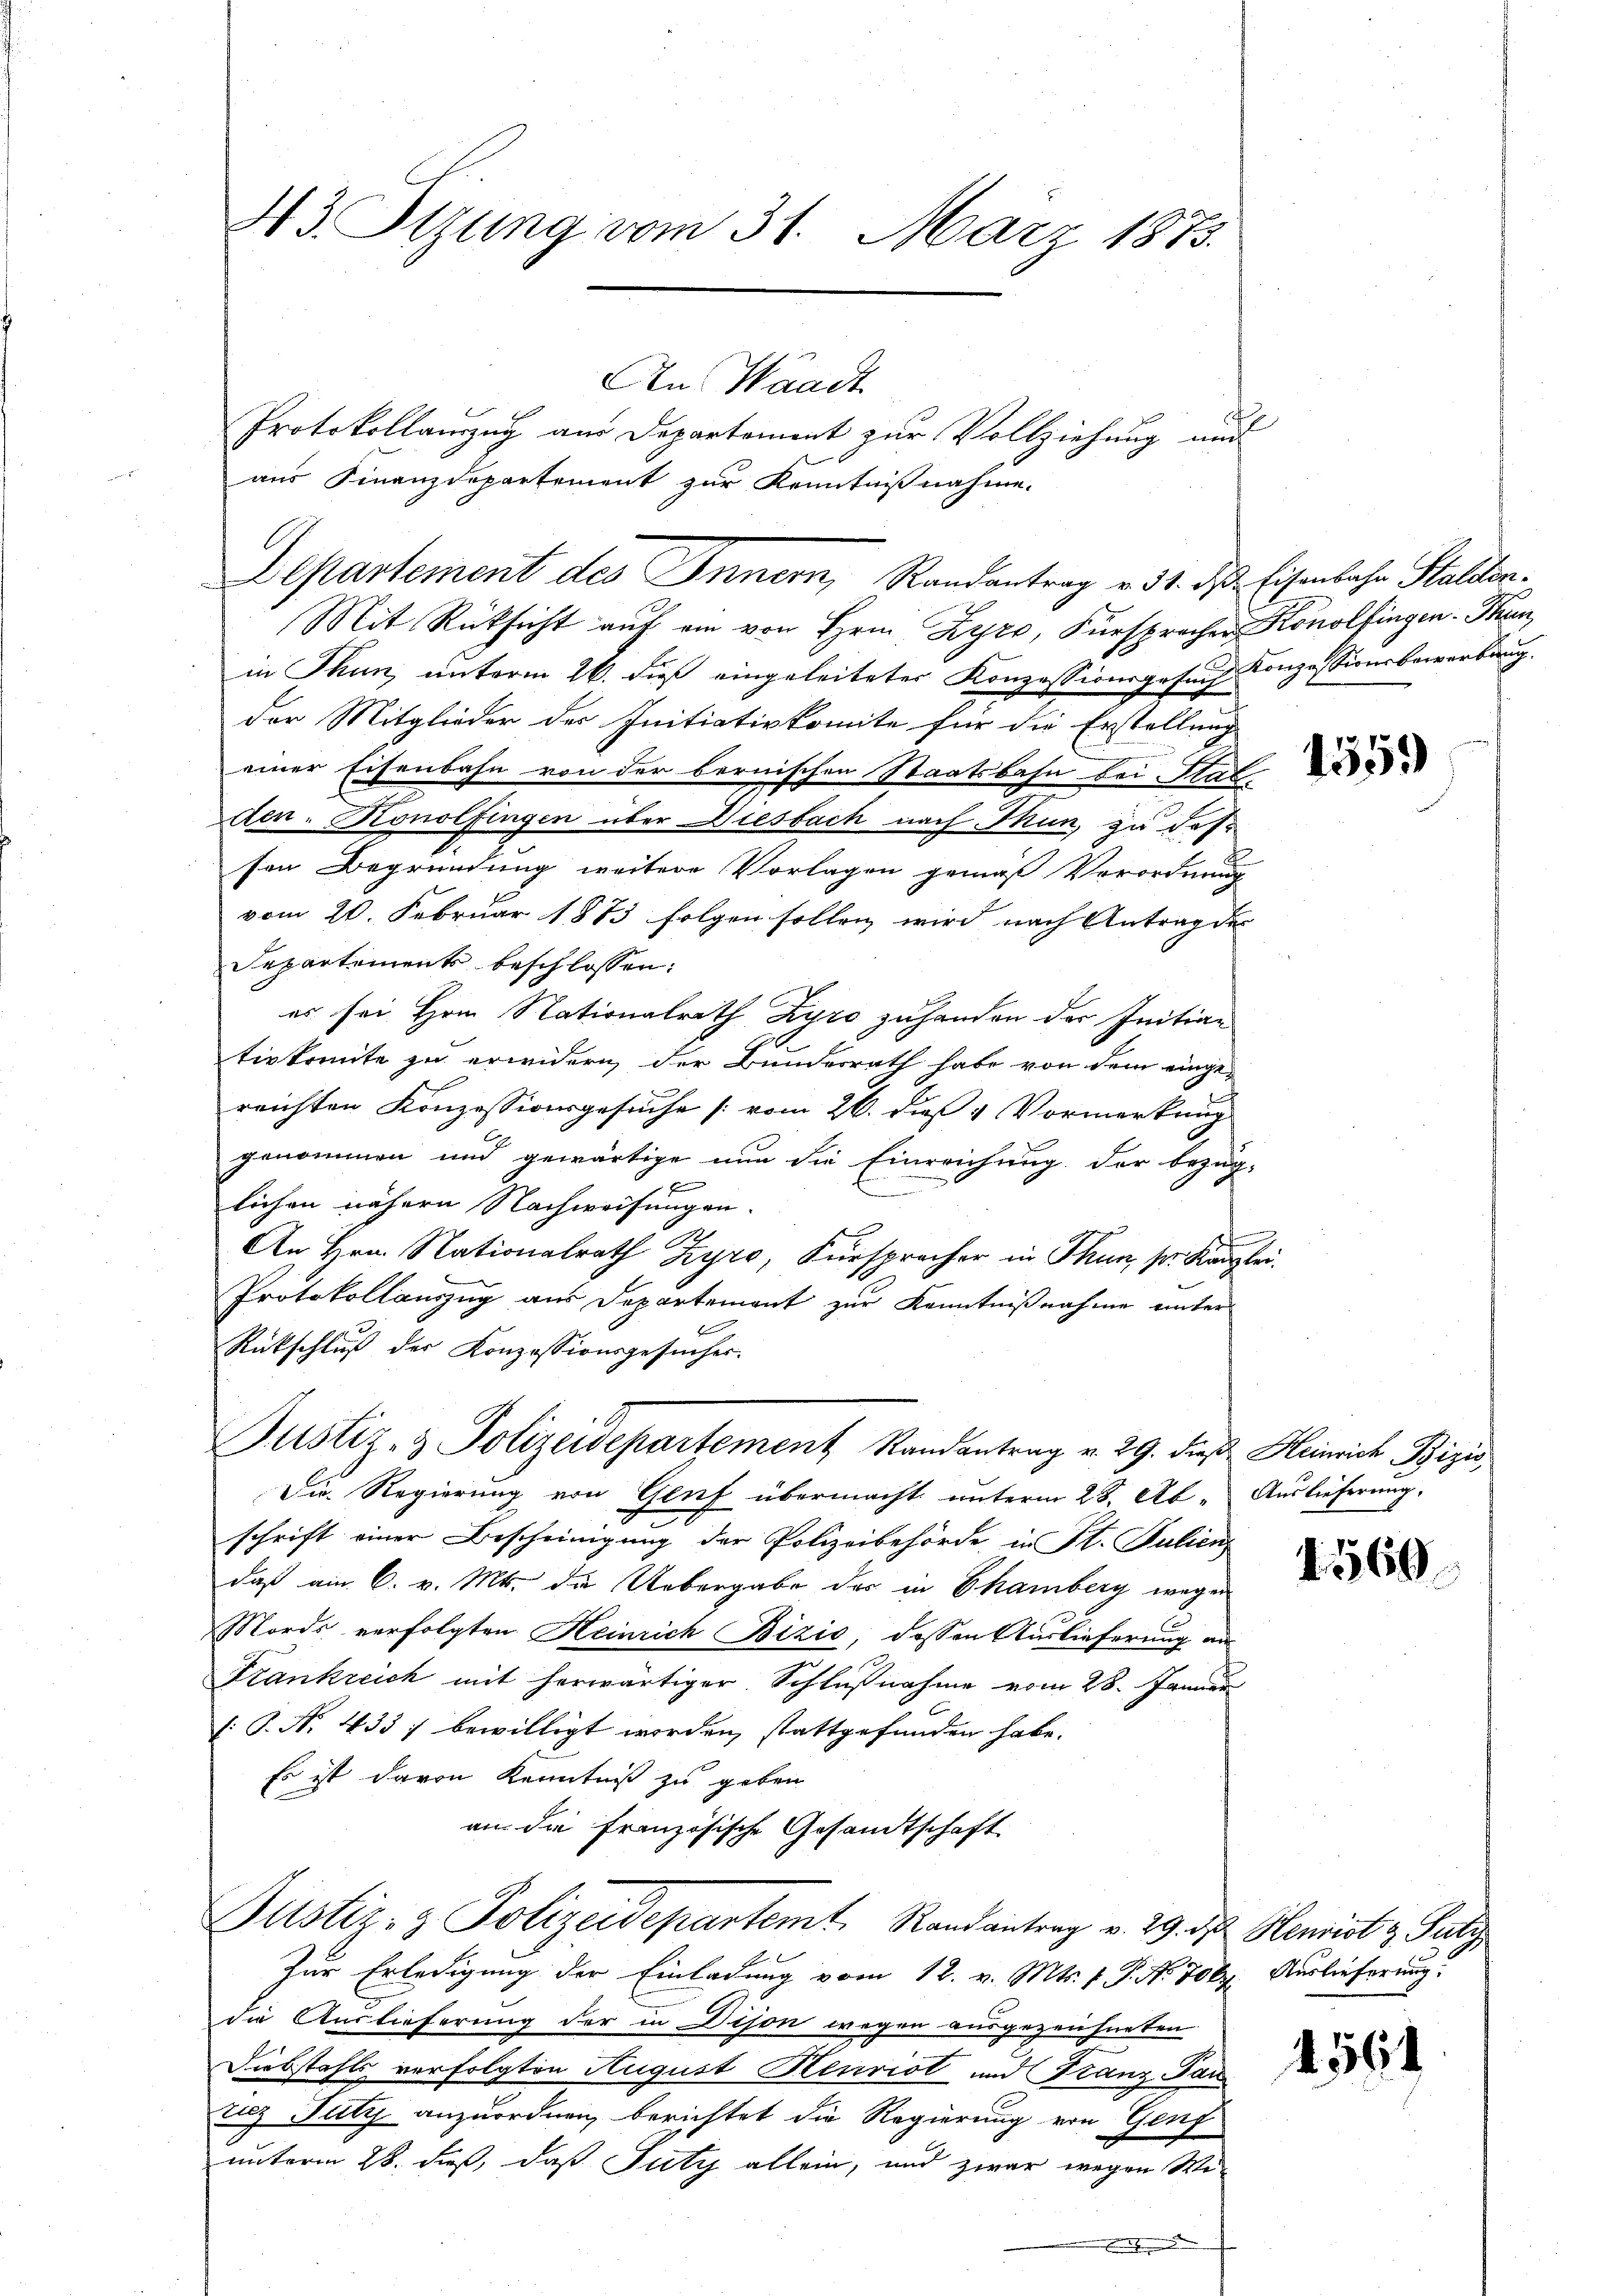
43. Sizung vom 31. März 1873.

Mit Rücksicht auf ein von Hrn. Zyro, Fürspracher Konolfingen Thun,
in Thun, unterm 26. dieß eingeleiteter Konzessionsgesuch Konzessionsbewerbung.
der Mitglieder der Initiativkomite für die Erstellung
einer Eisenbahn von der bernischen Staatsbahn bei Stal
den. Konolfingen über Diesbach nach Thun, zu das-
sen Begründung weitere Vorlagen gemäß Verordnung
vom 20. Februar 1873 folgen sollen wird nach Antrag des
Departements beschlossen:
es sei Hrn. Nationalrath Zyro zuhanden der Initian
tivkomite zu erwidern der Bundesrath habe von dem einge-
reichten Konzessionsgesuche [vom 26. dieß 4 Vormerkung
genommen und gewärtige nun die Einreichung der bezüg-
F
löchen nähern Nachweisungen.
An Hrn. Nationalrath Zyro, Fürspracher in Thun sr. Kanzlei.
Protokollauszug aus Departement zur Kenntnißnahme unter
Rückschluß der Konzessionsgesucher-
Justiz- & Polizeidepartement Randantrag v. 29. dieß Heinrich Bizis
Die Regierung von Genf übermacht unterm 28. Ab- Auslieferung,
schrift einer Bescheinigung der Polizeibehörde in St. Julien
daß am 6. v. Mts. die Uebergabe der in Chamberg wegen
Mords verfolgten Heinrich Bizić, dessen Auslieferung an
Frankreich mit herwärtiger Schlußnahme vom 28. Januar
1: P. N. 433; bewilligt worden, stattgefunden habe.
Es ist davon Kenntniß zu geben
an die französische Gesandtschaft
Justiz- & Polizeidepartemt. Randantrag v. 29. d. Henrist & Satz
Zur Erledigung der Einladung vom 18. v. Mts. v. P. No. 706. Auslieferung.
die Auslieferung der in Dison wegen ausgezeichneten
Diebstahls verfolgten August Heurist und Franz Pau
ricz July anzuordnen, berichtet die Regierung von Genf
unterm 28. Fuß, daß Futy allein, und zwar wegen Wi-
.

An Waadt
Protokollanzug am Departement zur Vollziehung und
aus Finanzdepartement zur Kenntnißnahme.
Departement des Innern, Randantrag v. 31. des Eisenbahn Staliten.

1359)

15569